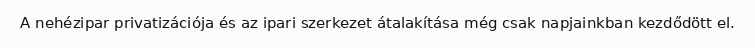
A nehézipar privatizációja és az ipari szerkezet átalakítása még csak napjainkban kezdődött el.